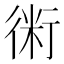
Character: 𧗱